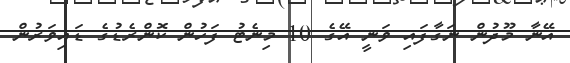
އޭނާ މޫދުން ނަގާފައި ވަނީ އޭގެ 10 މިނެޓު ފަހުން ކޮންރެޑުގެ ޑައިވަރުން